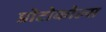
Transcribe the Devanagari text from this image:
प्रोटोकोल्स